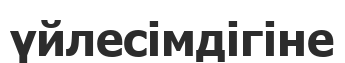
үйлесімдігіне